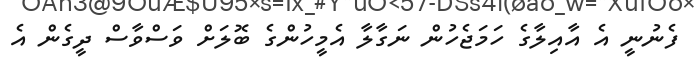
ފެނުނީ އެ އާއިލާގެ ހަމަޖެހުން ނަގާލާ އެމީހުންގެ ބޮލަށް ވަސްވާސް ދީގެން އެ